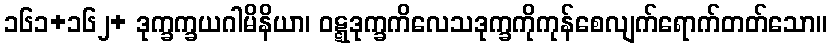
၁၆၁+၁၆၂+ ဒုက္ခက္ခယဂါမိနိယာ၊ ဝဋ္ဋဒုက္ခကိလေသဒုက္ခကိုကုန်စေလျက်ရောက်တတ်သော။